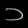
Digit: ၁